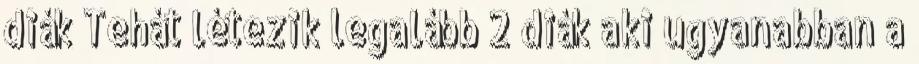
diák Tehát létezik legalább 2 diák aki ugyanabban a